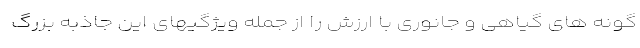
گونه های گیاهی و جانوری با ارزش را از جمله ویژگیهای این جاذبه بزرگ